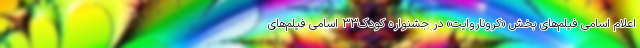
اعلام اسامی فیلم‌های بخش «کروناروایت» در جشنواره کودک۳۳ اسامی فیلم‌های